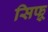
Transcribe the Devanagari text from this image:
सिफ्र्